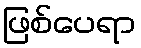
ဖြစ်ပေရာ